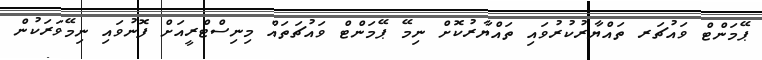
ޕޭމަންޓް ވައުޗަރ ތައްޔާރުކުރުވައި ތައްޔާރުކޮށް ނިމޭ ޕޭމަންޓް ވައުޗަތައް މިނިސްޓްރީއަށް ފޮނުވައި ނިމޭވަރަކުން